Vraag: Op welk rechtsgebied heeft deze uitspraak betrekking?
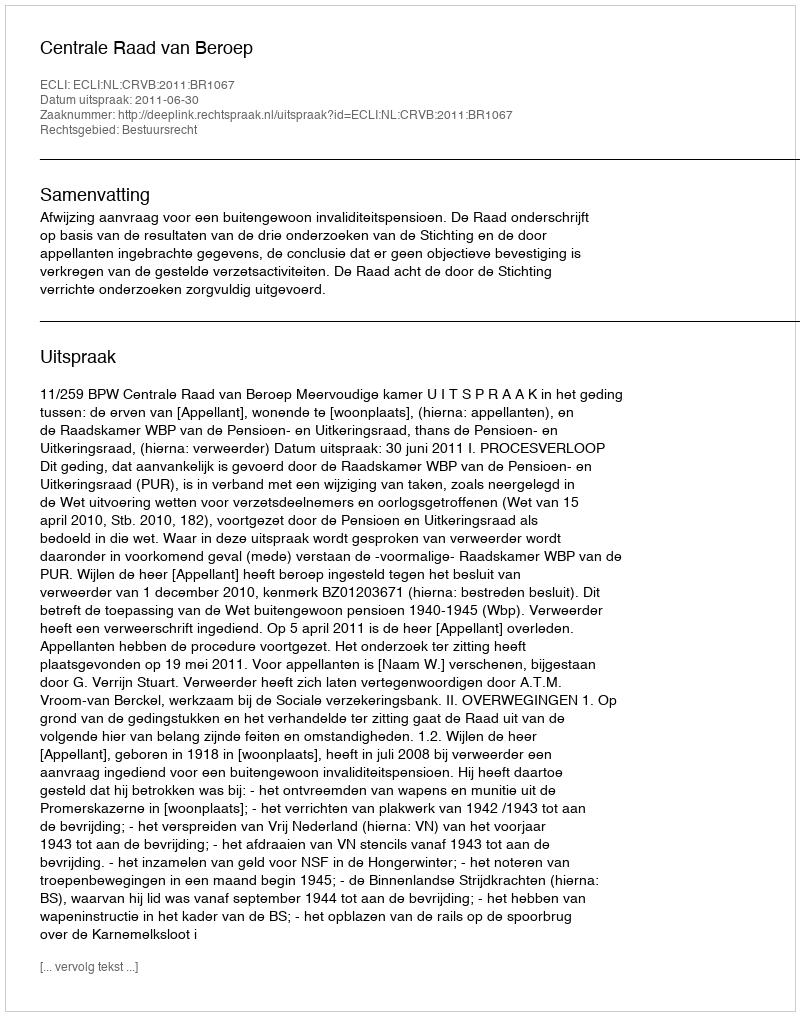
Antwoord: Bestuursrecht